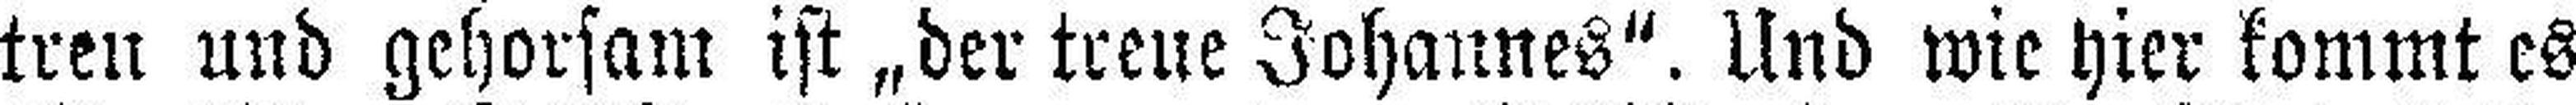
treu und gehorsam ist „der treue Johannes“. Und wie hier kommt es